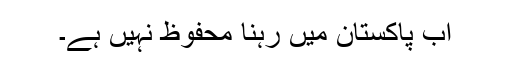
اب پاکستان میں رہنا محفوظ نہیں ہے۔